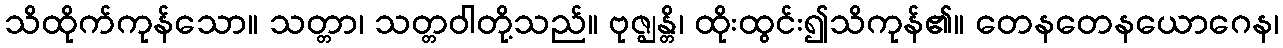
သိထိုက်ကုန်သော။ သတ္တာ၊ သတ္တဝါတို့သည်။ ဗုဇ္ဈန္တိ၊ ထိုးထွင်း၍သိကုန်၏။ တေနတေနယောဂေန၊